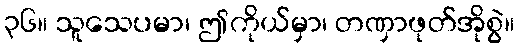
၃၆။ သူသေပမာ၊ ဤကိုယ်မှာ၊ တဏှာဖုတ်အိုစွဲ။